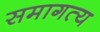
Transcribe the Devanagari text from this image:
समागत्य